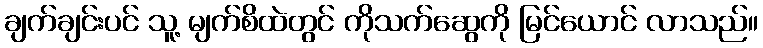
ချက်ချင်းပင် သူ့ မျက်စိထဲတွင် ကိုသက်ဆွေကို မြင်ယောင် လာသည်။